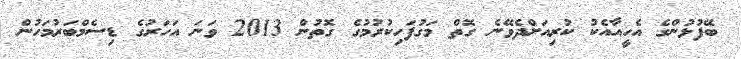
ބޭފުޅުންގެ އެހީއާއެކު ކުރިއަށްދެވޭނެ ގޮތް މަގުފަހިކުރުމުގެ ގޮތުން 2013 ވަނަ އަހަރުގެ ޑިސެމްބަރުމަހުން